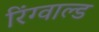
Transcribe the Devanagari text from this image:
रिंग्वाल्ड